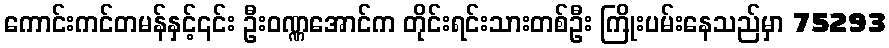
ကောင်းကင်တမန်နှင့်၎င်း ဦးဝဏ္ဏအောင်က တိုင်းရင်းသားတစ်ဦး ကြိုးပမ်းနေသည်မှာ 75293